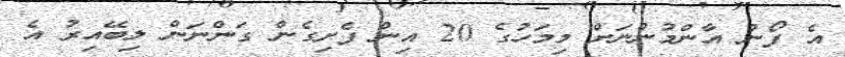
އެ ފޯނު އާންމުންނަށް މިމަހުގެ 20 އިން ފެށިގެން ގަންނަން ލިބޭއިރު އެ